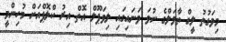
މިވަގުތު ލީގް ތާވަލްގެ ނުވަ ވަނައިގައި ލިވަޕޫލް އޮތް އިރު ކްލޮޕްއަށް މުހިންމީ